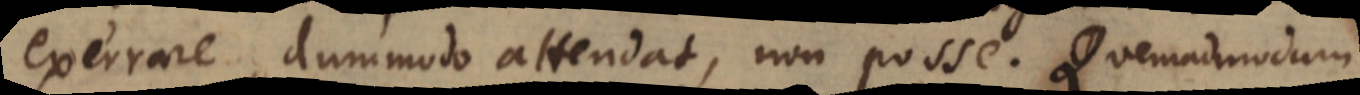
exerrare, dummodo attendat, non posse. Quemadmodum